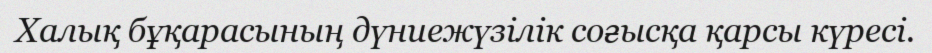
Халық бұқарасының дүниежүзілік соғысқа қарсы күресі.